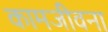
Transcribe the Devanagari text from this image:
कामजीवना